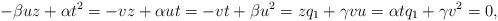
LaTeX: \begin{align*}- \beta u z + \alpha t^2 = - v z + \alpha u t = - v t + \beta u^2 = z q_1 + \gamma v u = \alpha t q_1 + \gamma v^2 = 0,\end{align*}